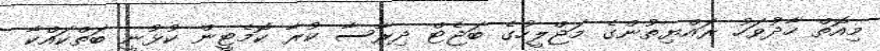
މިއޮތް ހާދުވަހު ރައްޔިތުންގެ މަޖްލީހުގެ ބަޖެޓް ދިރާސާ ކުރާ ކޮމެޓީން ކުޅުނީ ބަތްކައްކާ